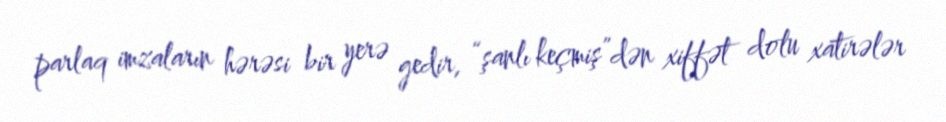
parlaq imzaların hərəsi bir yerə gedir, “şanlı keçmiş”dən xiffət dolu xatirələr